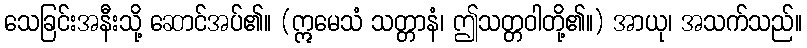
သေခြင်းအနီးသို့ ဆောင်အပ်၏။ (ဣမေသံ သတ္တာနံ၊ ဤသတ္တဝါတို့၏။) အာယု၊ အသက်သည်။